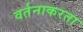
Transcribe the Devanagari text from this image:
वर्तनाकरता